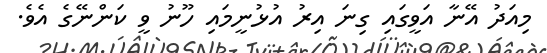
މިއަދު އޭނާ އަވީގައި ގިނަ އިރު އުޅުނީމައި ހޫނު ވީ ކަންނޭގެ އެވެ.